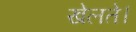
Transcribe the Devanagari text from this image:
खेलते।